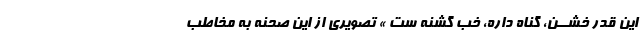
این قدر خشــن، گناه داره، خب گشنه ست » تصویرى از این صحنه به مخاطب